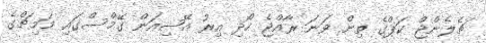
ޗެލެންޖް ކަޕްގެ ތިން ވަނަ ރާއްޖެ ހޯދި އިރު އޭޝިއަން ގޭމްސްގައި މަމިޗްގެ